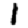
Digit: 1